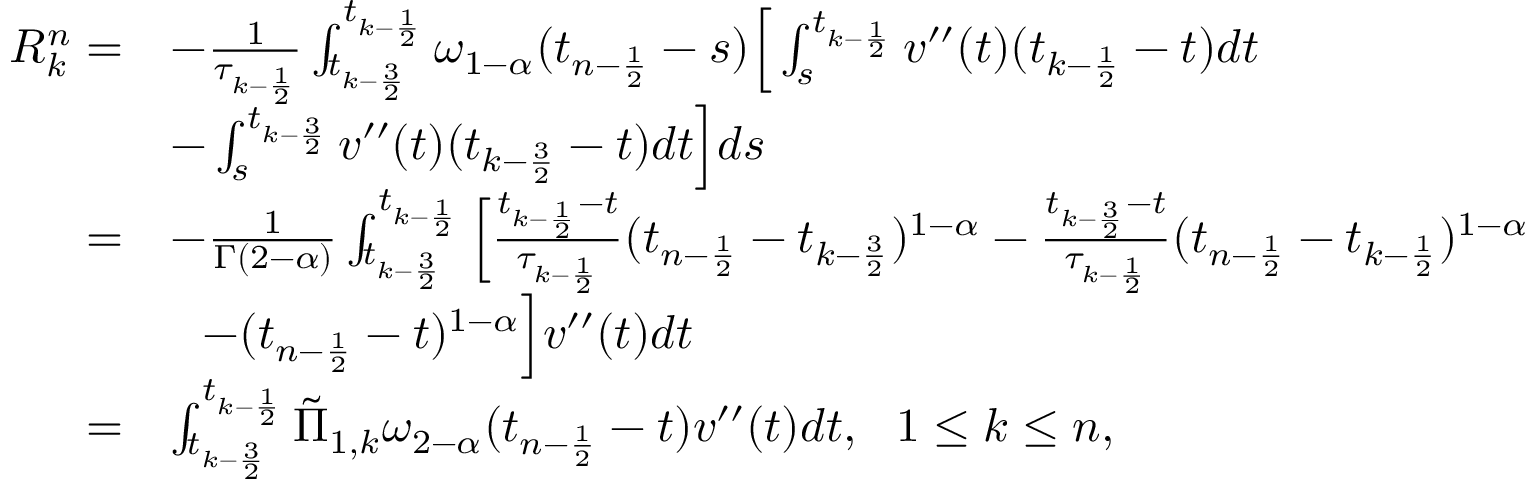
\begin{array} { r l } { R _ { k } ^ { n } = } & { - \frac { 1 } { \tau _ { k - \frac { 1 } { 2 } } } \int _ { t _ { k - \frac { 3 } { 2 } } } ^ { t _ { k - \frac { 1 } { 2 } } } \omega _ { 1 - \alpha } ( t _ { n - \frac { 1 } { 2 } } - s ) \Big [ \int _ { s } ^ { t _ { k - \frac { 1 } { 2 } } } v ^ { \prime \prime } ( t ) ( t _ { k - \frac { 1 } { 2 } } - t ) d t } \\ & { - \int _ { s } ^ { t _ { k - \frac { 3 } { 2 } } } v ^ { \prime \prime } ( t ) ( t _ { k - \frac { 3 } { 2 } } - t ) d t \Big ] d s } \\ { = } & { - \frac { 1 } { \Gamma ( 2 - \alpha ) } \int _ { t _ { k - \frac { 3 } { 2 } } } ^ { t _ { k - \frac { 1 } { 2 } } } \Big [ \frac { t _ { k - \frac { 1 } { 2 } } - t } { \tau _ { k - \frac { 1 } { 2 } } } ( t _ { n - \frac { 1 } { 2 } } - t _ { k - \frac { 3 } { 2 } } ) ^ { 1 - \alpha } - \frac { t _ { k - \frac { 3 } { 2 } } - t } { \tau _ { k - \frac { 1 } { 2 } } } ( t _ { n - \frac { 1 } { 2 } } - t _ { k - \frac { 1 } { 2 } } ) ^ { 1 - \alpha } } \\ & { ~ ~ - ( t _ { n - \frac { 1 } { 2 } } - t ) ^ { 1 - \alpha } \Big ] v ^ { \prime \prime } ( t ) d t } \\ { = } & { \int _ { t _ { k - \frac { 3 } { 2 } } } ^ { t _ { k - \frac { 1 } { 2 } } } \tilde { \Pi } _ { 1 , k } \omega _ { 2 - \alpha } ( t _ { n - \frac { 1 } { 2 } } - t ) v ^ { \prime \prime } ( t ) d t , ~ ~ 1 \le k \le n , } \end{array}